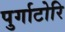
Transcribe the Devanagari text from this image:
पुर्गाटोरि